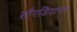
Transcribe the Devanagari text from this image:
सौगडियानस